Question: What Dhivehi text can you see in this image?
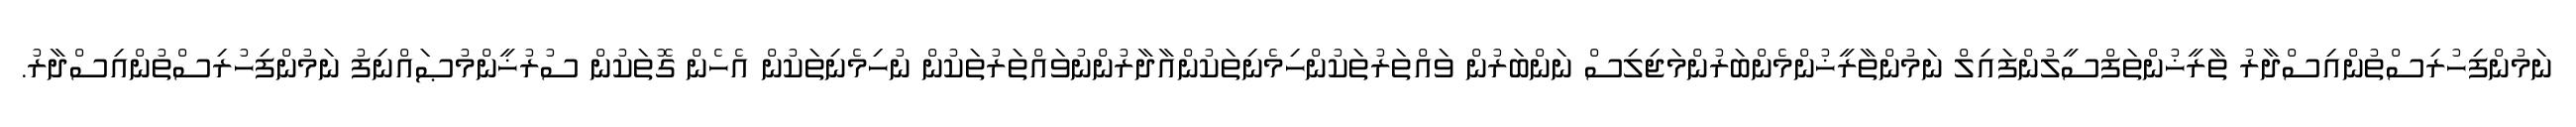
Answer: ނަމުންފިހުރިސްތުންއިސްދާރު ތާރީޚުންތަފްސީލުންފައިލް ނަމުންތާރީޚުންމެންބަރުންމަޖިލިސް ނަންބަރުން ވައްތަރުތަކުންހިމެނިތަކުންއާދާރުންނުވައްތަރުތަކުން ނުހިމެނިތަކުން އެހެން ގޮތަކުން ސުރުޚީންމުޞައްނިފު ނަމުންފިހުރިސްތުންއިސްދާރު.